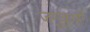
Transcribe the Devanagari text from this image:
जणुकाही